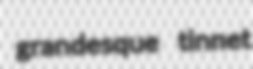
grandesque tinnet